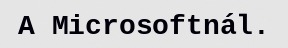
A Microsoftnál.